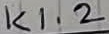
Text: K1.2